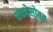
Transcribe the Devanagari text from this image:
संस्थेसोबत